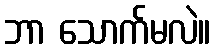
ဘာ သောက်မလဲ။